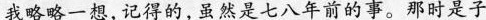
我略略一想,记得的,虽然是七八年前的事。那时是子